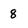
Character: 8